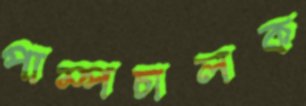
পাম্পচালক